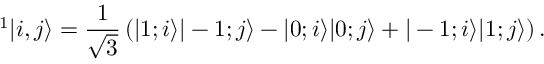
^ 1 | i , j \rangle = \frac { 1 } { \sqrt { 3 } } \left( | 1 ; i \rangle | - 1 ; j \rangle - | 0 ; i \rangle | 0 ; j \rangle + | - 1 ; i \rangle | 1 ; j \rangle \right) .